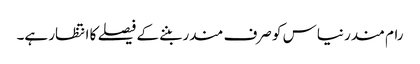
رام مندر نیاس کو صرف مندر بننے کے فیصلے کا انتظار ہے۔